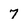
Character: 7